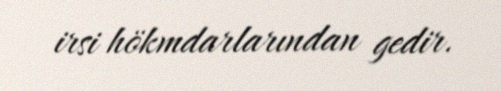
irsi hökmdarlarından gedir.